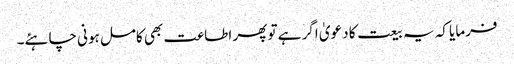
فرمایا کہ یہ بیعت کا دعویٰ اگر ہے تو پھر اطاعت بھی کامل ہونی چاہئے۔